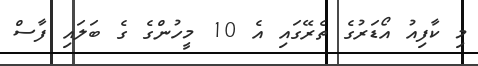
މި ކާފިއު އޯޑަރުގެ ތެރޭގައި އެ 10 މީހުންގެ ގެ ބަލައި ފާސް